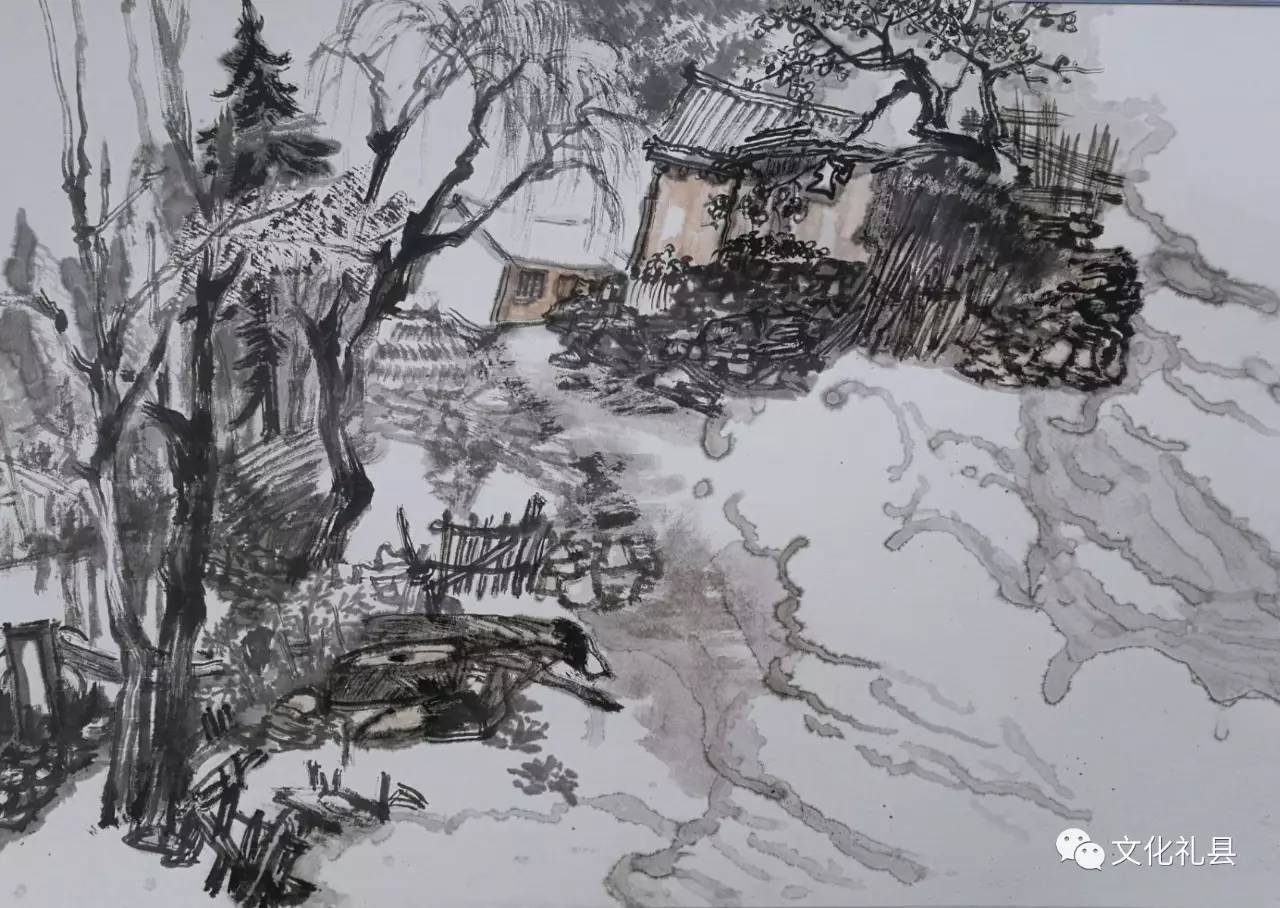
时人不识农家苦，将谓田中谷自生。